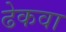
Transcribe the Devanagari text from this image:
ढेकवा